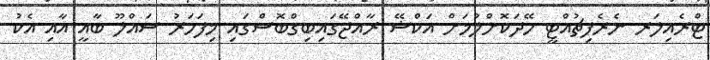
ޓްރެއިލަރ ނެރެފިޗުއްޓީ ހޭދަކޮށްލުމަށް އަކްޝޭ ރާއްޖޭގައިބިގްބޮސްގައި މިފަހަރު ސައްލޫ ބާއީ އާއި އެކު